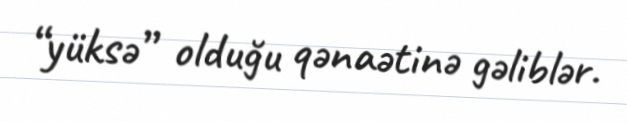
“yüksə” olduğu qənaətinə gəliblər.